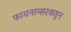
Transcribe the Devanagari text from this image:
फायनान्सरकडून